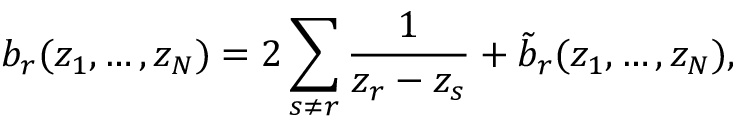
b _ { r } ( z _ { 1 } , \ldots , z _ { N } ) = 2 \sum _ { s \ne r } \frac { 1 } { z _ { r } - z _ { s } } + \tilde { b } _ { r } ( z _ { 1 } , \ldots , z _ { N } ) ,